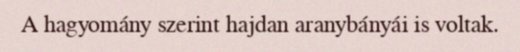
A hagyomány szerint hajdan aranybányái is voltak.